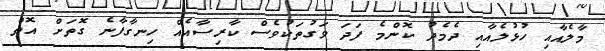
މާލެއާއި ހުޅުލެއާއި ދެމެދު ކޮންމެ ފަދަ ވަގުތަކުވެސް ކާރިސާއެއް ހިނގާފާނެ ގޮތަށް އޮތް